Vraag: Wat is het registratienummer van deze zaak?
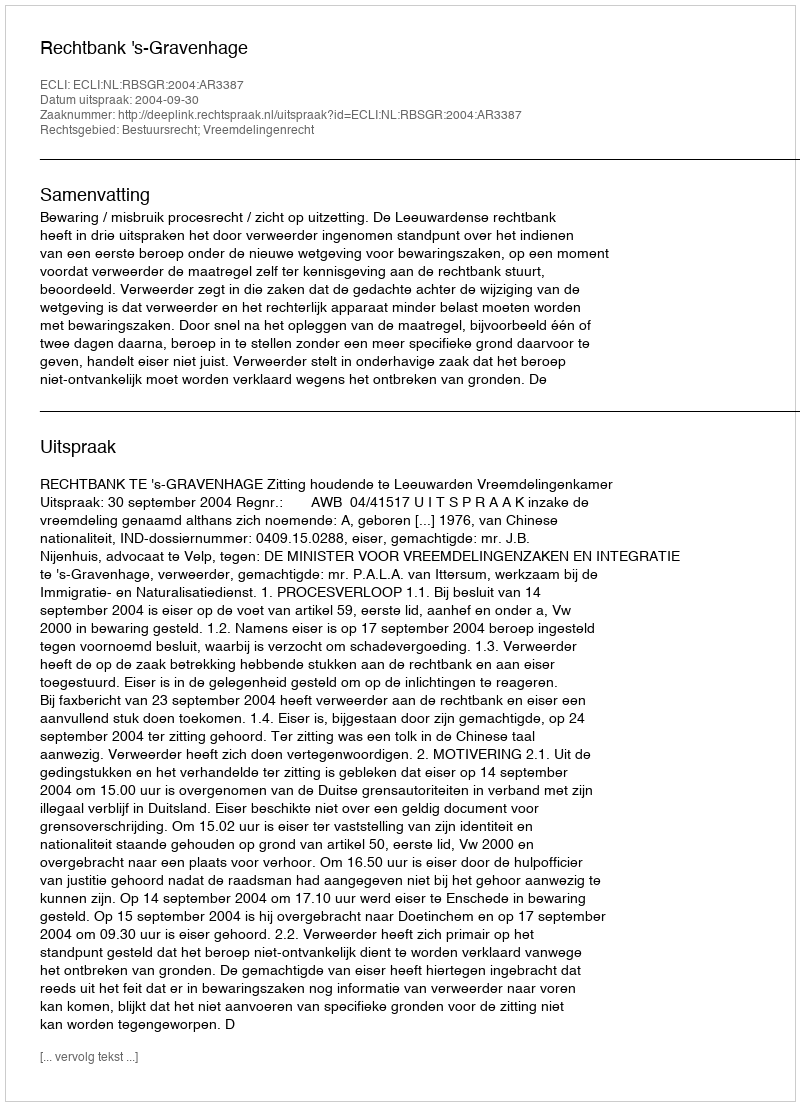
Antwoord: http://deeplink.rechtspraak.nl/uitspraak?id=ECLI:NL:RBSGR:2004:AR3387